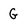
Character: G